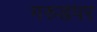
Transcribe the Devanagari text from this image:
गरुडपर